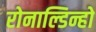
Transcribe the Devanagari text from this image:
रोनाल्डिन्हो